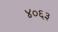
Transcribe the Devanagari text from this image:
४०६३